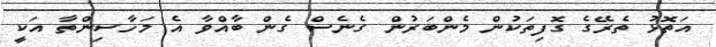
އަތޮޅު ތެރޭގެ ގޮފިތަކުން މެންބަރުން ގެނެސް ގެން ބާއްވާ އެ މަހާސިންތާ އަކީ